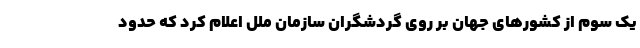
یک سوم از کشورهای جهان بر روی گردشگران سازمان ملل اعلام کرد که حدود